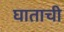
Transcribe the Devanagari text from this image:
घाताची